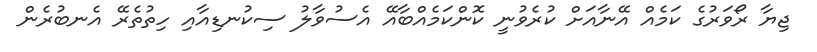
ޖިޔާ ރޯވަރުގެ ކަމެއް އޭނާއަށް ކުރެވުނީ ކޮންކަމެއްބާއޭ އެސުވާލު ސިކުނޑިއާއި ހިތުތެރޭ އެނބުރެން